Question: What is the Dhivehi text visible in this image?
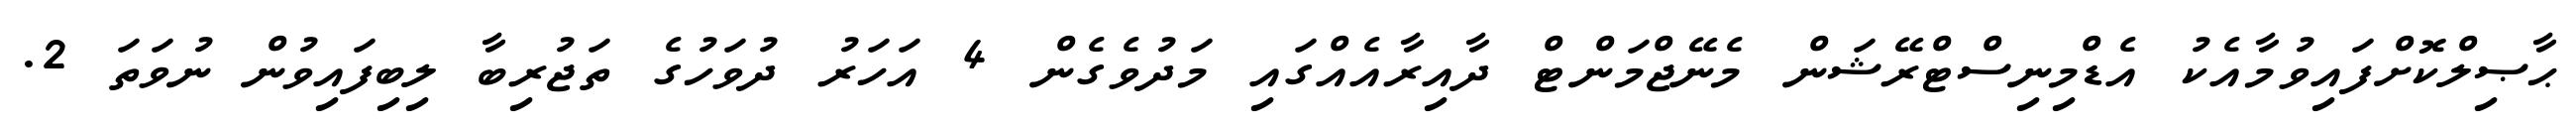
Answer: ޙާޞިލްކޮށްފައިވުމާއެކު އެޑްމިނިސްޓްރޭޝަން މެނޭޖްމަންޓް ދާއިރާއެއްގައި މަދުވެގެން 4 އަހަރު ދުވަހުގެ ތަޖުރިބާ ލިބިފައިވުން ނުވަތަ 2.